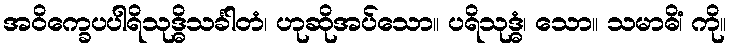
အဝိက္ခေပပါရိသုဒ္ဓိသင်္ခါတံ၊ ဟုဆိုအပ်သော။ ပရိသုဒ္ဓံ၊ သော။ သမာဓိံ၊ ကို။